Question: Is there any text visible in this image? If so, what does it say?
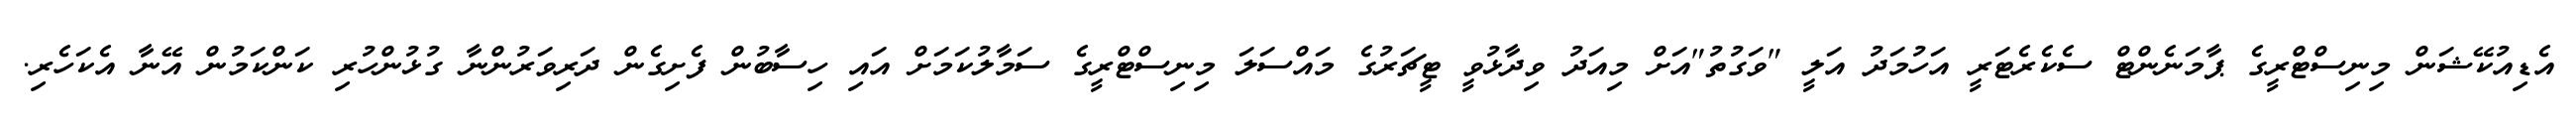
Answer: އެޑިއުކޭޝަން މިނިސްޓްރީގެ ޕާމަނެންޓް ސެކެރެޓަރީ އަހުމަދު އަލީ "ވަގުތު"އަށް މިއަދު ވިދާޅުވީ ޓީޗަރުގެ މައްސަލަ މިނިސްޓްރީގެ ސަމާލުކަމަށް އައި ހިސާބުން ފެށިގެން ދަރިވަރުންނާ ގުޅުންހުރި ކަންކަމުން އޭނާ އެކަހެރި.